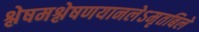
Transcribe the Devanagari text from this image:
श्लेषमश्लेषणयानलेऽमृतबिले